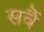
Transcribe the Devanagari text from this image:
सर्वै